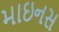
માઇનસ